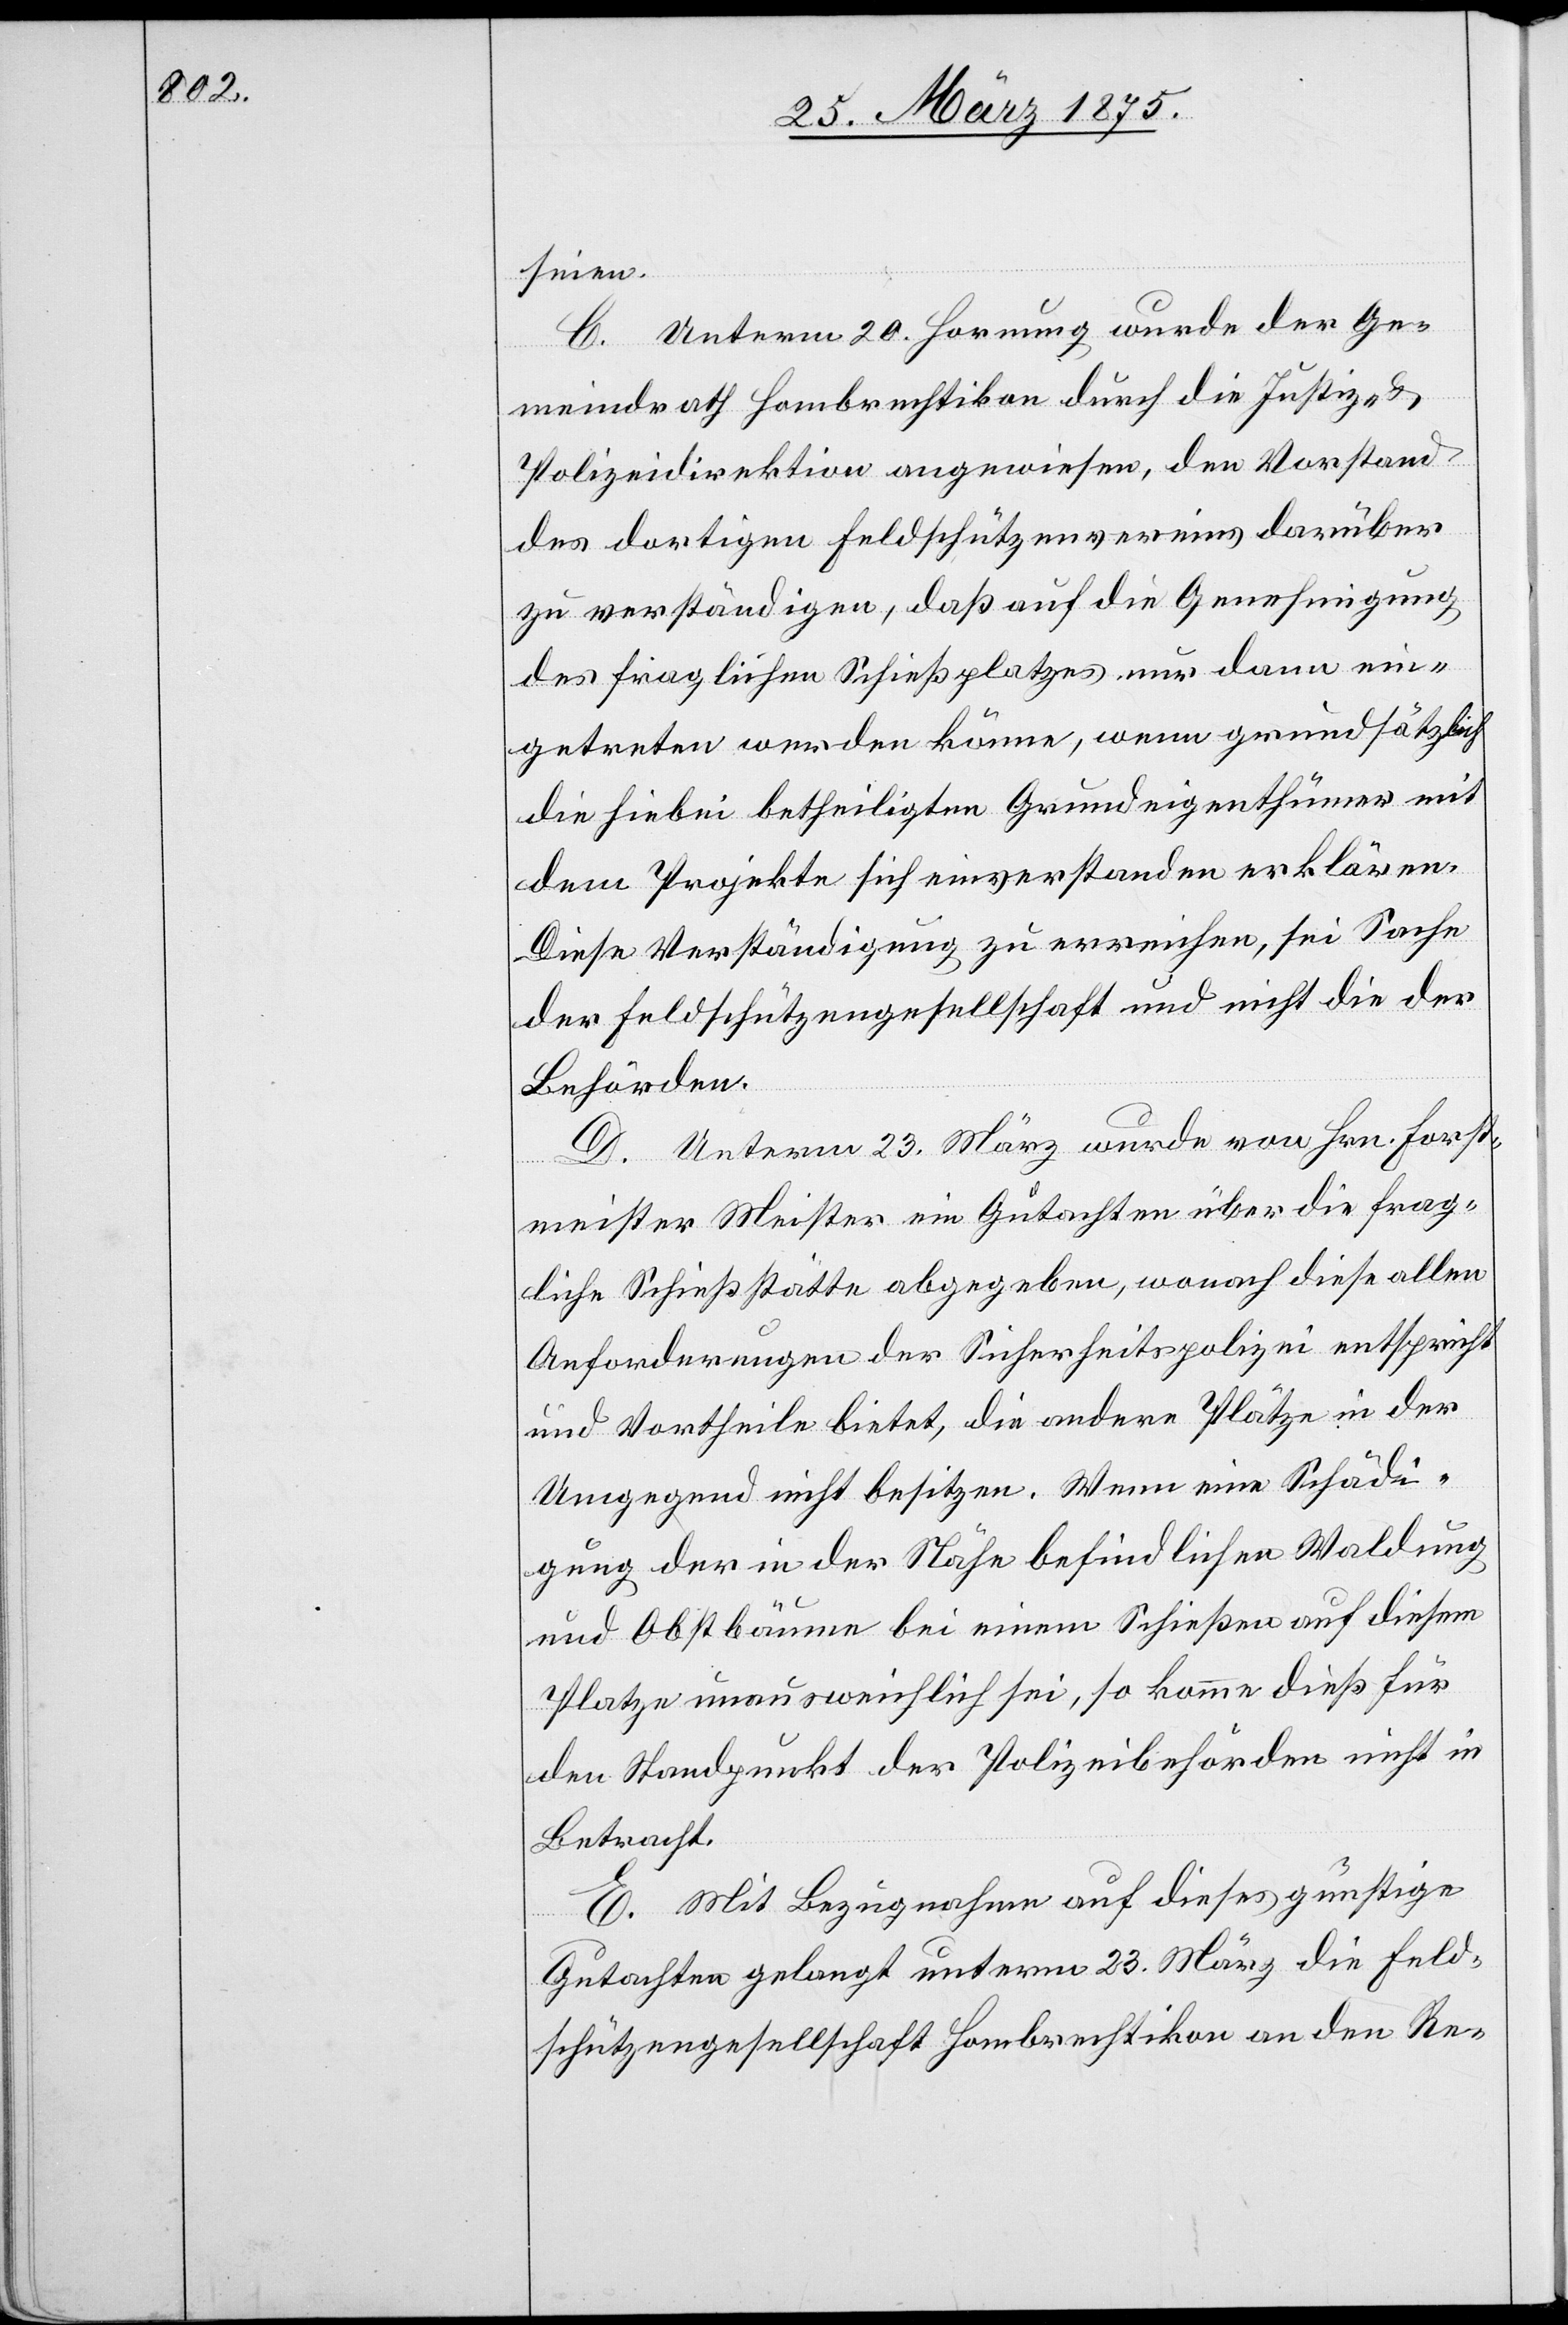
seien.
C. Unterm 20. Hornung wurde der Ge¬
meindrath Hombrechtikon durch die Justiz- &
Polizeidirektion angewiesen den Vorstand
des dortigen Feldschützenvereins darüber
zu verständigen, daß auf die Genehmigung
des fraglichen Schießplatzes nur dann ein¬
getreten werden könne, wenn grundsätzlich
die hiebei betheiligten Grundeigenthümer mit
dem Projekte sich einverstanden erklären.
Diese Verständigung zu erreichen, sei Sache
der Feldschützengesellschaft und nicht die der
Behörden.
D. Unterm 23. März wurde von Hrn. Forst¬
meister Meister ein Gutachten über frag¬
liche Schießstätte abgeben, wonach diese allen
Anforderungen der Sicherheitspolizei entspricht
und Vortheile bietet, die andere Plätze in der
Umgegend nicht besitzen. Wenn eine Schädi¬
gung der in der Nähe befindlichen Waldung
und Obstbäume bei einem Schießen auf diesem
Platze unausweichlich sei, so komme dieß für
den Standpunkt der Polizeibehörden nicht in
Betracht.
E. Mit Bezug auf dieses günstige
Gutachten gelangt unterm 23. März die Feld¬
schützengesellschaft Hombrechtikon an den Re-